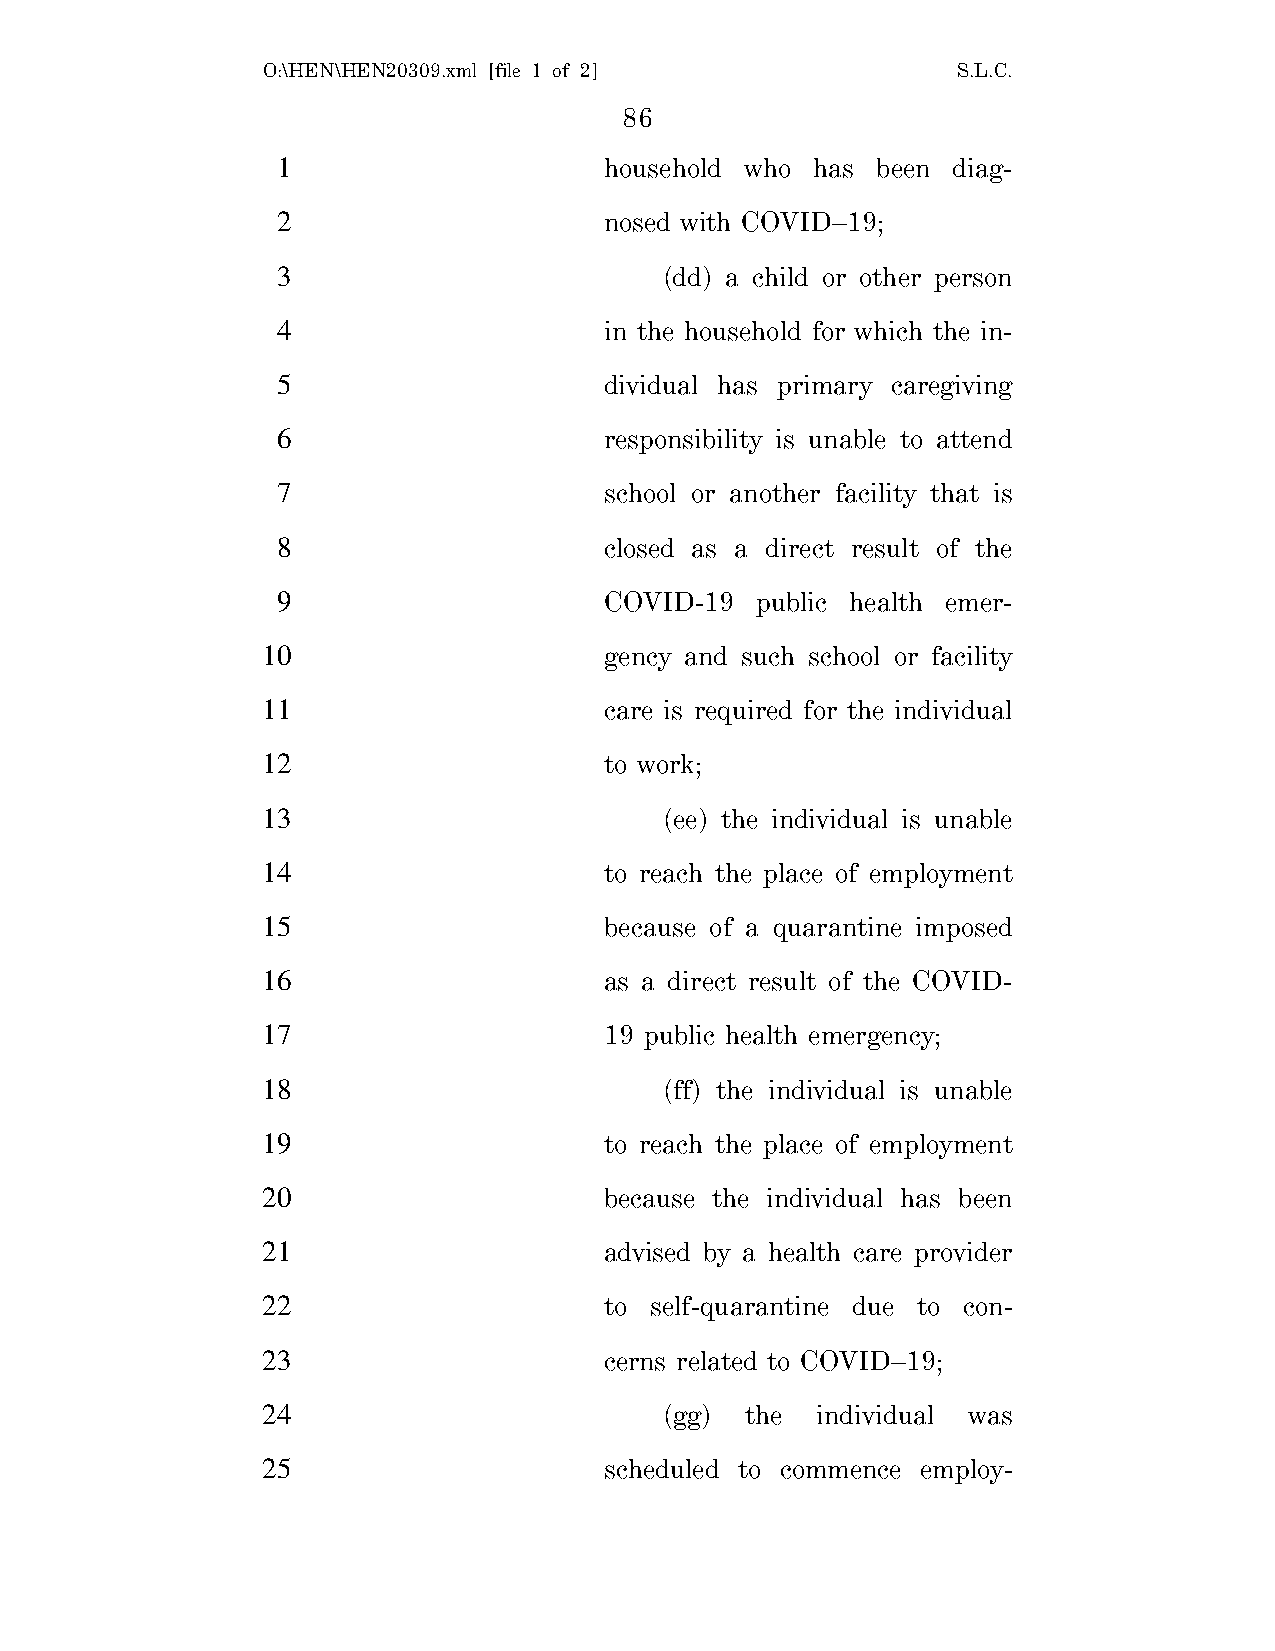
O:\HEN\HEN20309.xml [file 1 of 2]             S.L.C.
 86
 1                     household who has been diag-
 2                     nosed with COVID–19;
 3                         (dd) a child or other person
 4                     in the household for which the in-
 5                     dividual has primary caregiving
 6                     responsibility is unable to attend
 7                     school or another facility that is
 8                     closed as a direct result of the
 9                     COVID-19  public health emer-
 10                     gency and such school or facility
 11                     care is required for the individual
 12                     to work;
 13                         (ee) the individual is unable
 14                     to reach the place of employment
 15                     because of a quarantine imposed
 16                     as a direct result of the COVID-
 17                     19 public health emergency;
 18                         (ff) the individual is unable
 19                     to reach the place of employment
 20                     because the individual has been
 21                     advised by a health care provider
 22                     to self-quarantine due to con-
 23                     cerns related to COVID–19;
 24                         (gg) the  individual was
 25                     scheduled to commence employ-